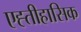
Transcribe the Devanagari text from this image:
एह्तीहासिक